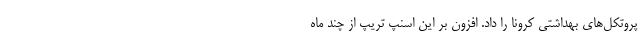
پروتکل‌های بهداشتی کرونا را داد. افزون بر این اسنپ تریپ از چند ماه